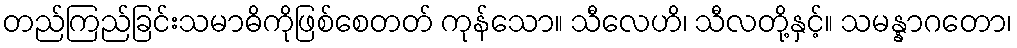
တည်ကြည်ခြင်းသမာဓိကိုဖြစ်စေတတ် ကုန်သော။ သီလေဟိ၊ သီလတို့နှင့်။ သမန္နာဂတော၊